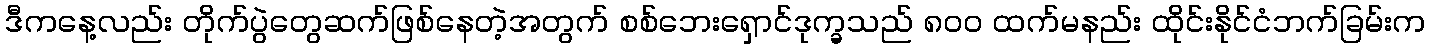
ဒီကနေ့လည်း တိုက်ပွဲတွေဆက်ဖြစ်နေတဲ့အတွက် စစ်ဘေးရှောင်ဒုက္ခသည် ၈၀၀ ထက်မနည်း ထိုင်းနိုင်ငံဘက်ခြမ်းက